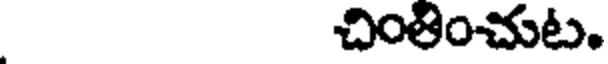
చింతించుట.